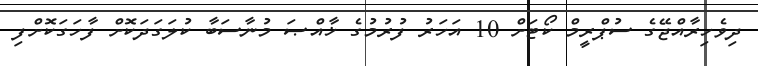
ދިވެހިރާއްޖޭގެ ސުޕްރީމް ކޯޓަށް 10 އަހަރު ފުރުމުގެ ޚާއްޞަ މުނާސަބާ ކުލަގަދަކޮށް ފާހަގަކޮށްފި